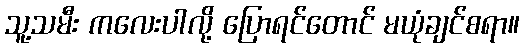
သူ့သမီး ကလေးပါလို့ ပြောရင်တောင် မယုံချင်စရာ။